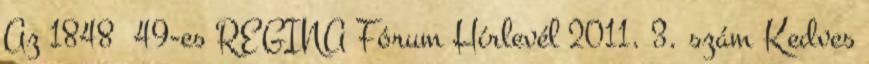
Az 1848 49-es REGINA Fórum Hírlevél 2011. 3. szám Kedves